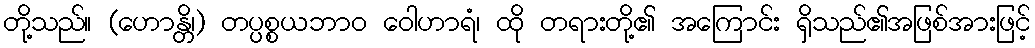
တို့သည်။ (ဟောန္တိ၊) တပ္ပစ္စယဘာဝ ဝေါဟာရံ၊ ထို တရားတို့၏ အကြောင်း ရှိသည်၏အဖြစ်အားဖြင့်